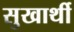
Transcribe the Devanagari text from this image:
सुखार्थी